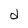
Character: d